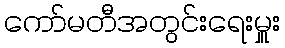
ကော်မတီအတွင်းရေးမှူး